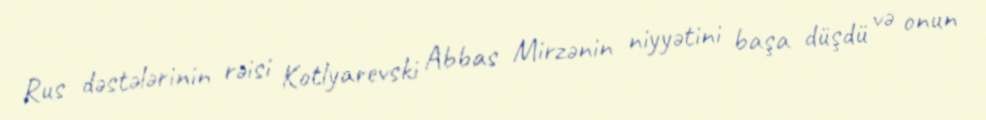
Rus dəstələrinin rəisi Kotlyarevski Abbas Mirzənin niyyətini başa düşdü və onun